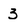
Character: 3